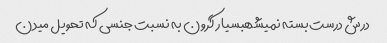
درش درست بسته نمیشهبسیار گرون به نسبت جنسی که تحویل میدن